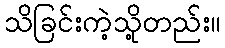
သိခြင်းကဲ့သို့တည်း။